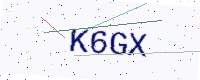
Text: K6GX